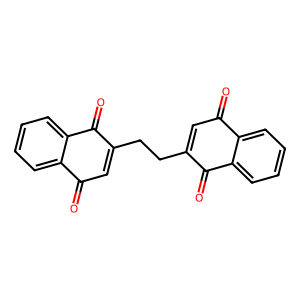
SMILES: O=C1C=C(CCC2=CC(=O)c3ccccc3C2=O)C(=O)c2ccccc21
Inhibits HIV replication: No